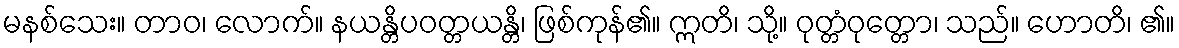
မနစ်သေး။ တာဝ၊ လောက်။ နယန္တိပဝတ္တယန္တိ၊ ဖြစ်ကုန်၏။ ဣတိ၊ သို့။ ဝုတ္တံဝုတ္တော၊ သည်။ ဟောတိ၊ ၏။